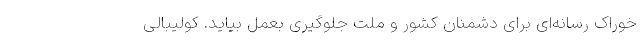
خوراک رسانه‌ای برای دشمنان کشور و ملت جلوگیری بعمل بیاید. کولیبالی